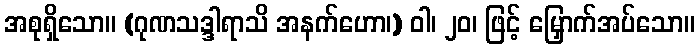
အစုရှိသော။ (ဂုဏသဒ္ဒါရာသိ အနက်ဟော၊) ဝါ၊ ၂၀၊ ဖြင့် မြှောက်အပ်သော။